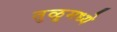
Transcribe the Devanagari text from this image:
तुळूमध्ये